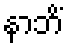
နာဘိံ